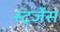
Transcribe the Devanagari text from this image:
स्ट्रर्जेस